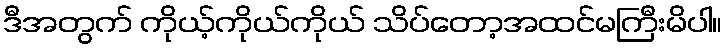
ဒီအတွက် ကိုယ့်ကိုယ်ကိုယ် သိပ်တော့အထင်မကြီးမိပါ။